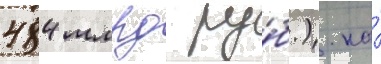
484 млрд ру́б.). на́